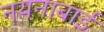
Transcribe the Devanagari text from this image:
नयनाबाई